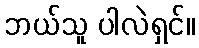
ဘယ်သူ ပါလဲရှင်။